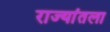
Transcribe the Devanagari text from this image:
राज्यांतला